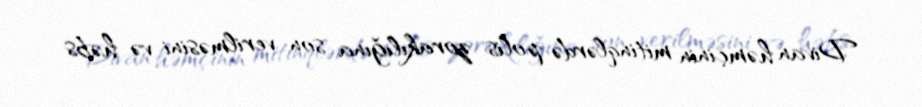
Divan həmçinin mitinqlərdə polis zorakılığına son verilməsini və həbs